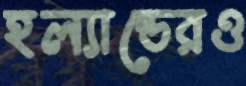
হল্যান্ডেরও